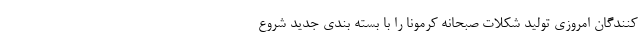
کنندگان امروزی تولید شکلات صبحانه کرمونا را با بسته بندی جدید شروع